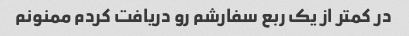
در کمتر از یک ربع سفارشم رو دریافت کردم ممنونم